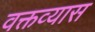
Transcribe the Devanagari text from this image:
वक्तव्यास